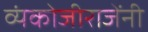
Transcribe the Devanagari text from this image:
व्यंकोजीराजेंनी